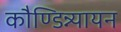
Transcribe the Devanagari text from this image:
कौण्डिन्न्यायन